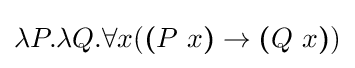
\lambda P.\lambda Q.\forall x({\boldsymbol {(}}P\ x{\boldsymbol {)}}\rightarrow {\boldsymbol {(}}Q\ x{\boldsymbol {)}})